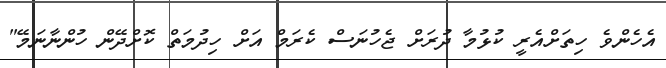
އެހެންވެ ހިތަށްއެރީ ކުޅުމާ ދުރަށް ޖެހުނަސް ކެރަމް އަށް ހިދުމަތް ކޮށްދޭން ހުންނާނަމޭ"